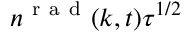
n ^ { \mathrm { ~ r ~ a ~ d ~ } } ( k , t ) \tau ^ { 1 / 2 }